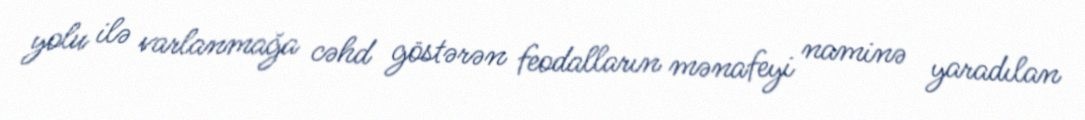
yolu ilə varlanmağa cəhd göstərən feodalların mənafeyi naminə yaradılan